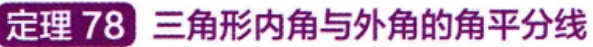
定理 78 三角形内角与外角的角平分线